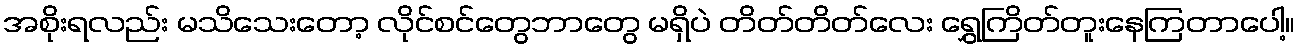
အစိုးရလည်း မသိသေးတော့ လိုင်စင်တွေဘာတွေ မရှိပဲ တိတ်တိတ်လေး ရွှေကြိတ်တူးနေကြတာပေါ့။